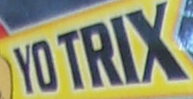
YO TRIX